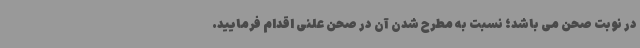
در نوبت صحن می باشد؛ نسبت به مطرح شدن آن در صحن علنی اقدام فرمایید.